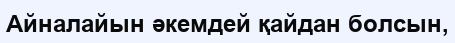
Айналайын әкемдей қайдан болсын,